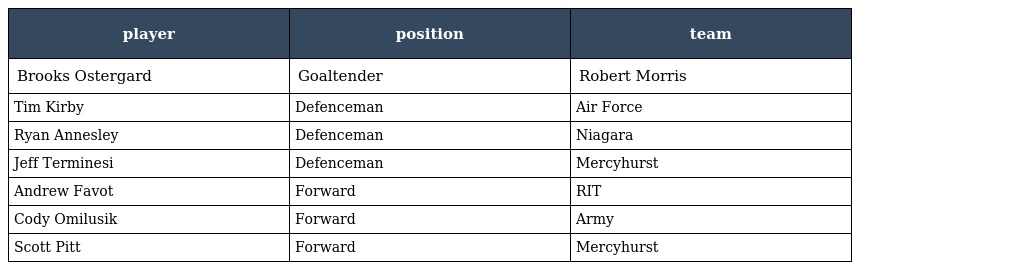
| player | position | team |
 | --- | --- | --- |
 | Brooks Ostergard | Goaltender | Robert Morris |
 | Tim Kirby | Defenceman | Air Force |
 | Ryan Annesley | Defenceman | Niagara |
 | Jeff Terminesi | Defenceman | Mercyhurst |
 | Andrew Favot | Forward | RIT |
 | Cody Omilusik | Forward | Army |
 | Scott Pitt | Forward | Mercyhurst |